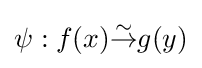
\psi :f(x){\overset {\sim }{\to }}g(y)